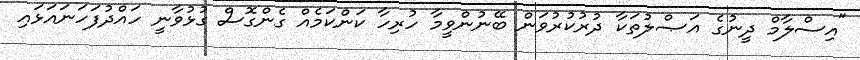
"އިސްލާމް ދީނުގެ އަޞްލުތަކާ ދުރުކުރުވަން ބޭނުންވީމާ ހުރިހާ ކަންކަމެއް ގެންގޮސް ގުޅުވާނީ ހައްދުފަހަނައަޅައި